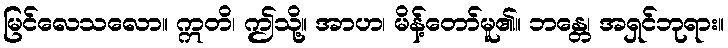
မြင်လေသလော။ ဣတိ၊ ဤသို့။ အာဟ၊ မိန့်တော်မူ၏။ ဘန္တေ၊ အရှင်ဘုရား။